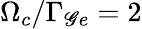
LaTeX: \Omega_{c}/\Gamma_{\mathscr{G}e}=2